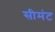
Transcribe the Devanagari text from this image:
सीमंट